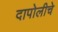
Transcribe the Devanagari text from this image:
दापोलीचे